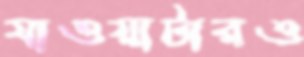
যাওয়াটারও